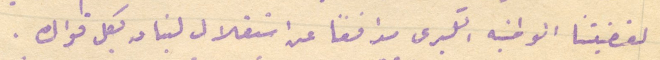
لقضيتنا الوطنيه الكبرى مدافعًا عن استقلال لبنان بكل قواك.